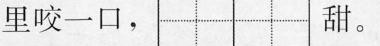
里咬一口，甜。